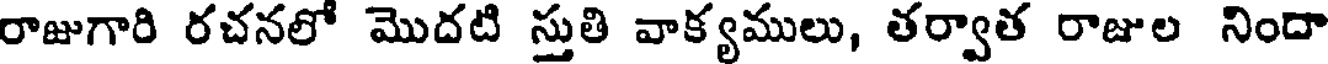
రాజుగారి రచనలో మొదటి స్తుతి వాక్యములు, తర్వాత రాజుల నిందా